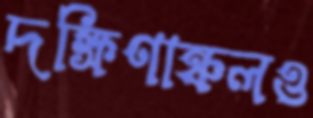
দক্ষিণাঞ্চলও